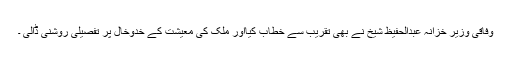
وفاقی وزیر خزانہ عبدالحفیظ شیخ نے بھی تقریب سے خطاب کیااور ملک کی معیشت کے خدوخال پر تفصیلی روشنی ڈالی ۔